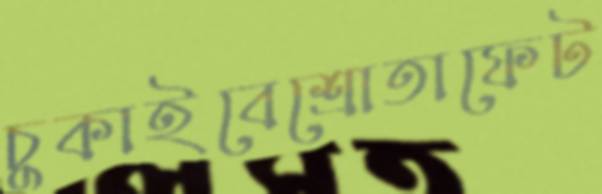
চুকাইবেশ্রোতাফেট